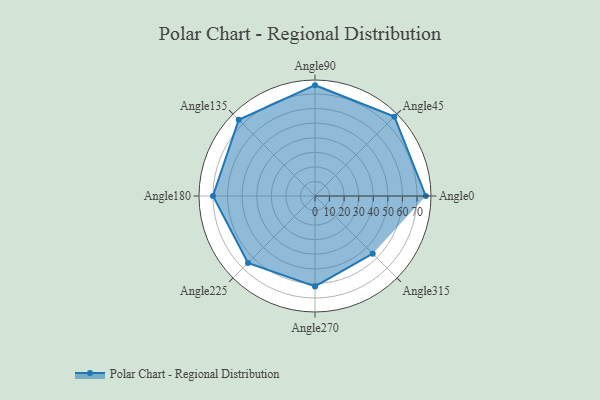
{"axis": {"x": "Angle", "y": "Radius"}, "legend": [""], "data": [{"x": "Angle0", "y": 76.0, "type": ""}, {"x": "Angle45", "y": 77.0, "type": ""}, {"x": "Angle90", "y": 76.0, "type": ""}, {"x": "Angle135", "y": 74.0, "type": ""}, {"x": "Angle180", "y": 70.0, "type": ""}, {"x": "Angle225", "y": 65.0, "type": ""}, {"x": "Angle270", "y": 62.0, "type": ""}, {"x": "Angle315", "y": 56.0, "type": ""}]}